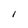
Character: l